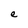
Character: e